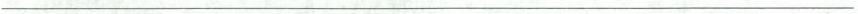
___